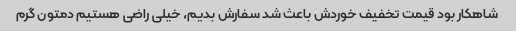
شاهکار بود قیمت تخفیف خوردش باعث شد سفارش بدیم، خیلی راضی هستیم دمتون گرم